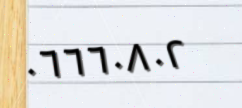
٠٦٦٦٠٨٠٢